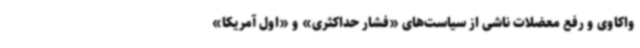
واکاوی و رفع معضلات ناشی از سیاست‌های «فشار حداکثری» و «اول آمریکا»